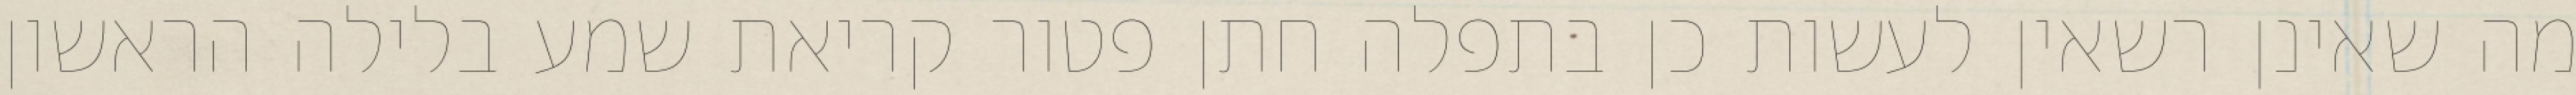
מה שאינן רשאין לעשות כן בתפלה חתן פטור קריאת שמע בלילה הראשון